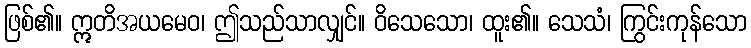
ဖြစ်၏။ ဣတိအယမေဝ၊ ဤသည်သာလျှင်။ ဝိသေသော၊ ထူး၏။ သေသံ၊ ကြွင်းကုန်သော